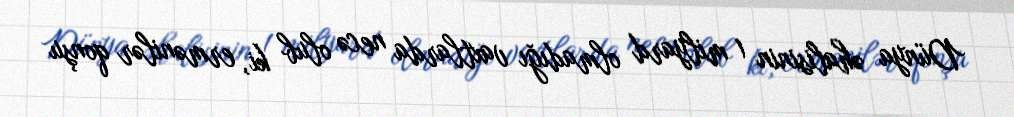
Dünya əhalisinin 1 milyard olmadığı vaxtlarda necə olub ki, ermənilər qonşu